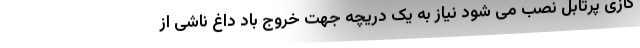
گازی پرتابل نصب می شود نیاز به یک دریچه جهت خروج باد داغ ناشی از